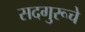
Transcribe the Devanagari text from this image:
सदगुरूचे